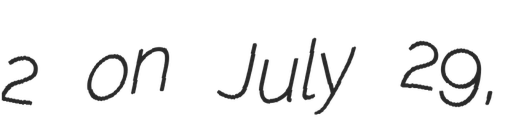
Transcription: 2 on July 29,